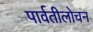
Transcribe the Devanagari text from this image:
पार्वतीलोचन